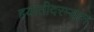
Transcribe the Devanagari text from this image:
हयातीदरम्यान